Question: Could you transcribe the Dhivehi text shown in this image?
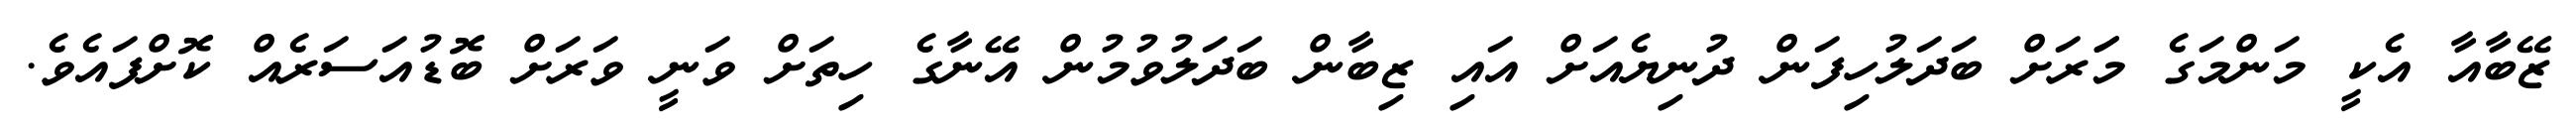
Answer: ޒޭބާއާ އެކީ މަންމަގެ މަަރަށް ބަދަލުހިފަން ދުނިޔެއަށް އައި ޒިބާން ބަދަލުވުމުން އޭނާގެ ހިތަށް ވަނީ ވަރަށް ބޮޑުއަސަރެއް ކޮށްފައެވެ.